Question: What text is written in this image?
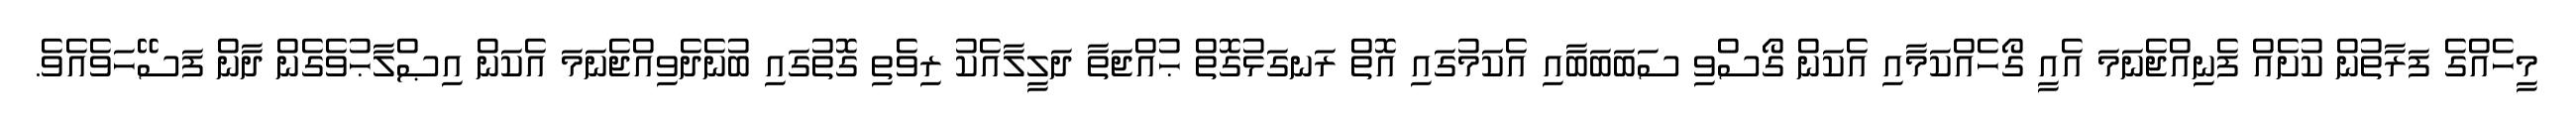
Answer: މީހެއްގެ ފަރާތުން ކުށެއް ފެނިއްޖެނަމަ އެއީ ގޯހެއްކަމާއި އެކަން ގޯސްވި ސަބަބަބާއި އެކަމުގައި އޮތް ރަނގަޅުގޮތް ޙުއްޖަތާ ދަލީލާއެކު ރިވެތި ގޮތުގައި ބުނެދެވިއްޖެނަމަ އެކަން އިޞްލާޙުވެގެން ދާން ފަސޭހަވެއެވެ.